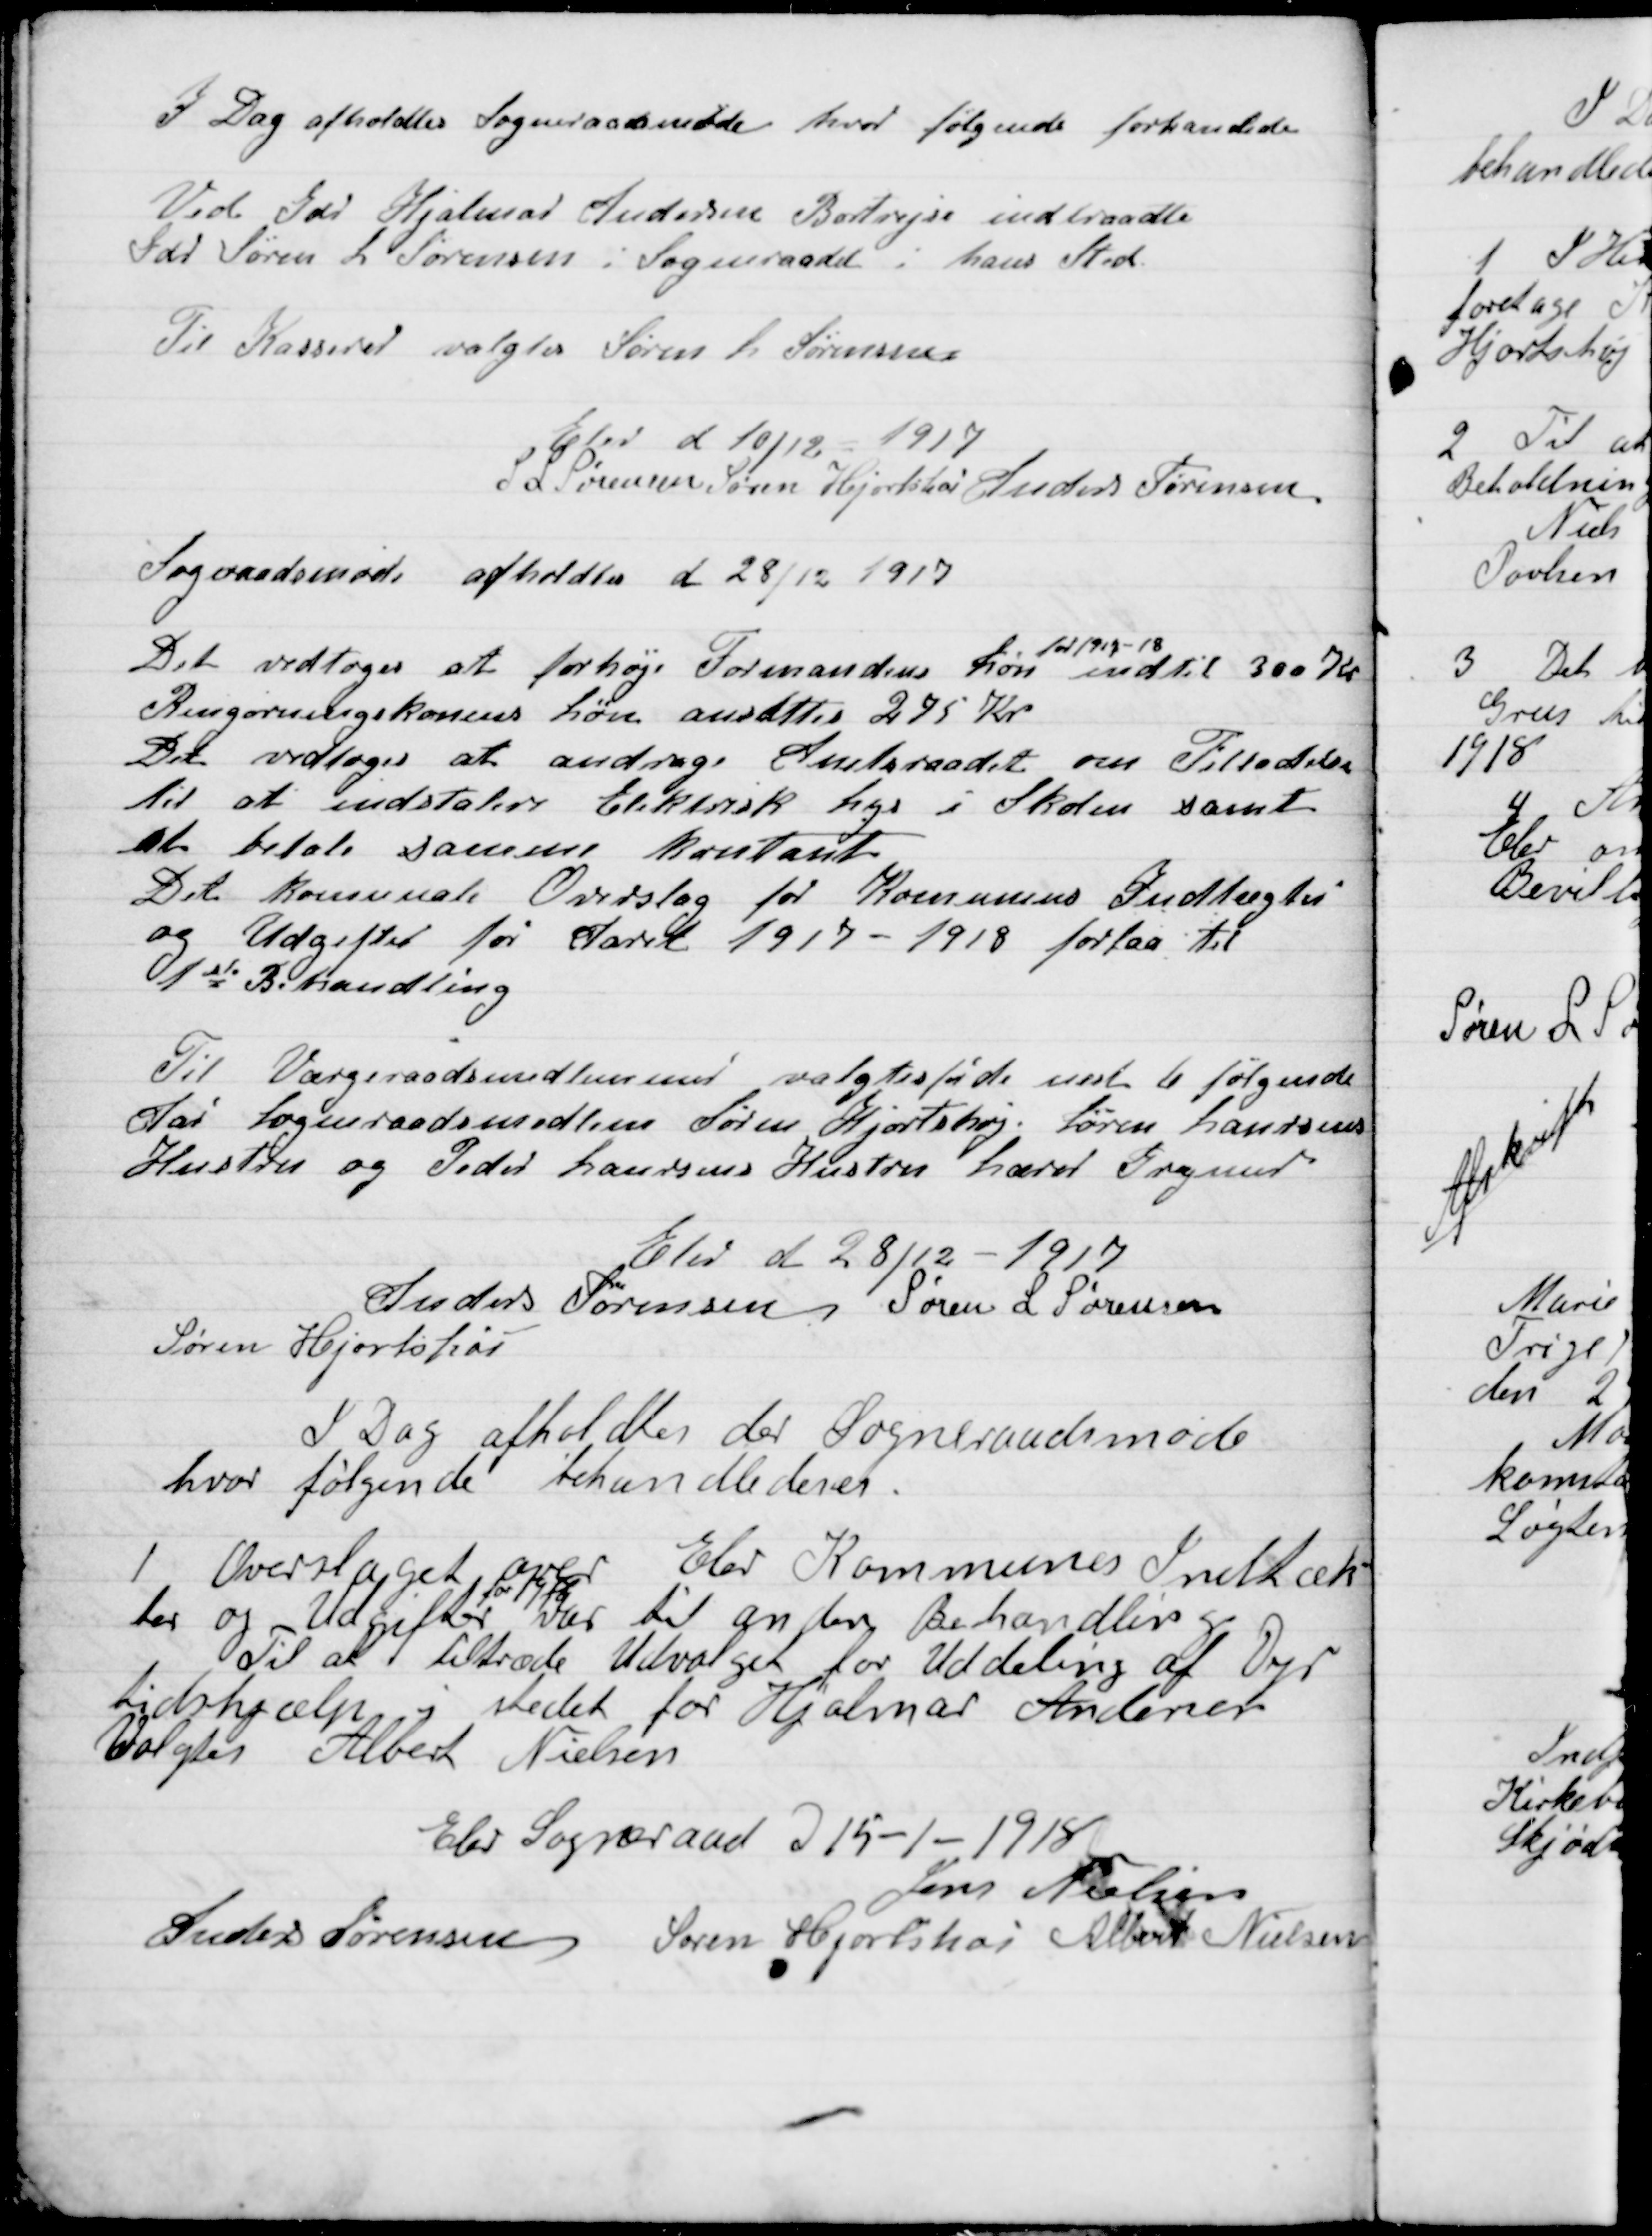
Transskription:
I Dag afholdtes der Sogneraadetsmøde hvor følgende forhandledes:
Ved Gdr. Hjalmar Sørensen Bortrejse indtraadte
Gdr. Søren L. Sørensen i Sogneraadet i hans sted
Til Kasser valgtes Søren L. Sørensen
Elev d 10/12 1917
S. L. Sørensen
Søren Hjortshøi
Anders Sørensen

Sogneraadsmøde afholdtes d. 28/12 1917

Det vedtoges at forhøje Formandens Løn
for 1917-18
indtil 300 Kr.
Rengøringskoners Løn ansættes 275 Kr.
Det vedtoges at andrage Sogneraadet om Tilladelse
til at installere Elektrisk Lys i Skolen samt
at betale samme kontant.
Det kommunale Overslag for Kommunens Indtægter
og Udgifter for Aaret 1917-1918 forelaa til
1ste Behandling.

Til Værgeraadsmedlemmer valgtes for de næst 6 følgende
Aar Sogneraadsmedlemmer Søren Hjortshøj, Søren Hansens
Hustru og Peder Hansens Hustru lærer Grymer

Elev d 28/12 1917

Anders Sørensen
Søren L. Sørensen
Søren Hjortshøi

I Dag afholdtes der Sogneraadsmøde
hvor følgende behandledes

1

Overslaget over Elevs Kommunens Indtæk-
ter og Udgifter
for 1918/19
var til anden Behandling og
Til at tiltræde Udvalget Uddeling af Dyr-
tidshjælp i stedet for Hjalmar Andersen
Valgtes Albert Nielsen.

Elev Sogneraad D. 15-1-1918

Jens Nielsen
 Anders Sørensen
Søren Hjortshøi
Albert Nielsen